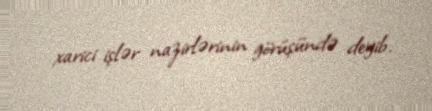
xarici işlər nazirlərinin görüşündə deyib.